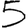
Digit: 5